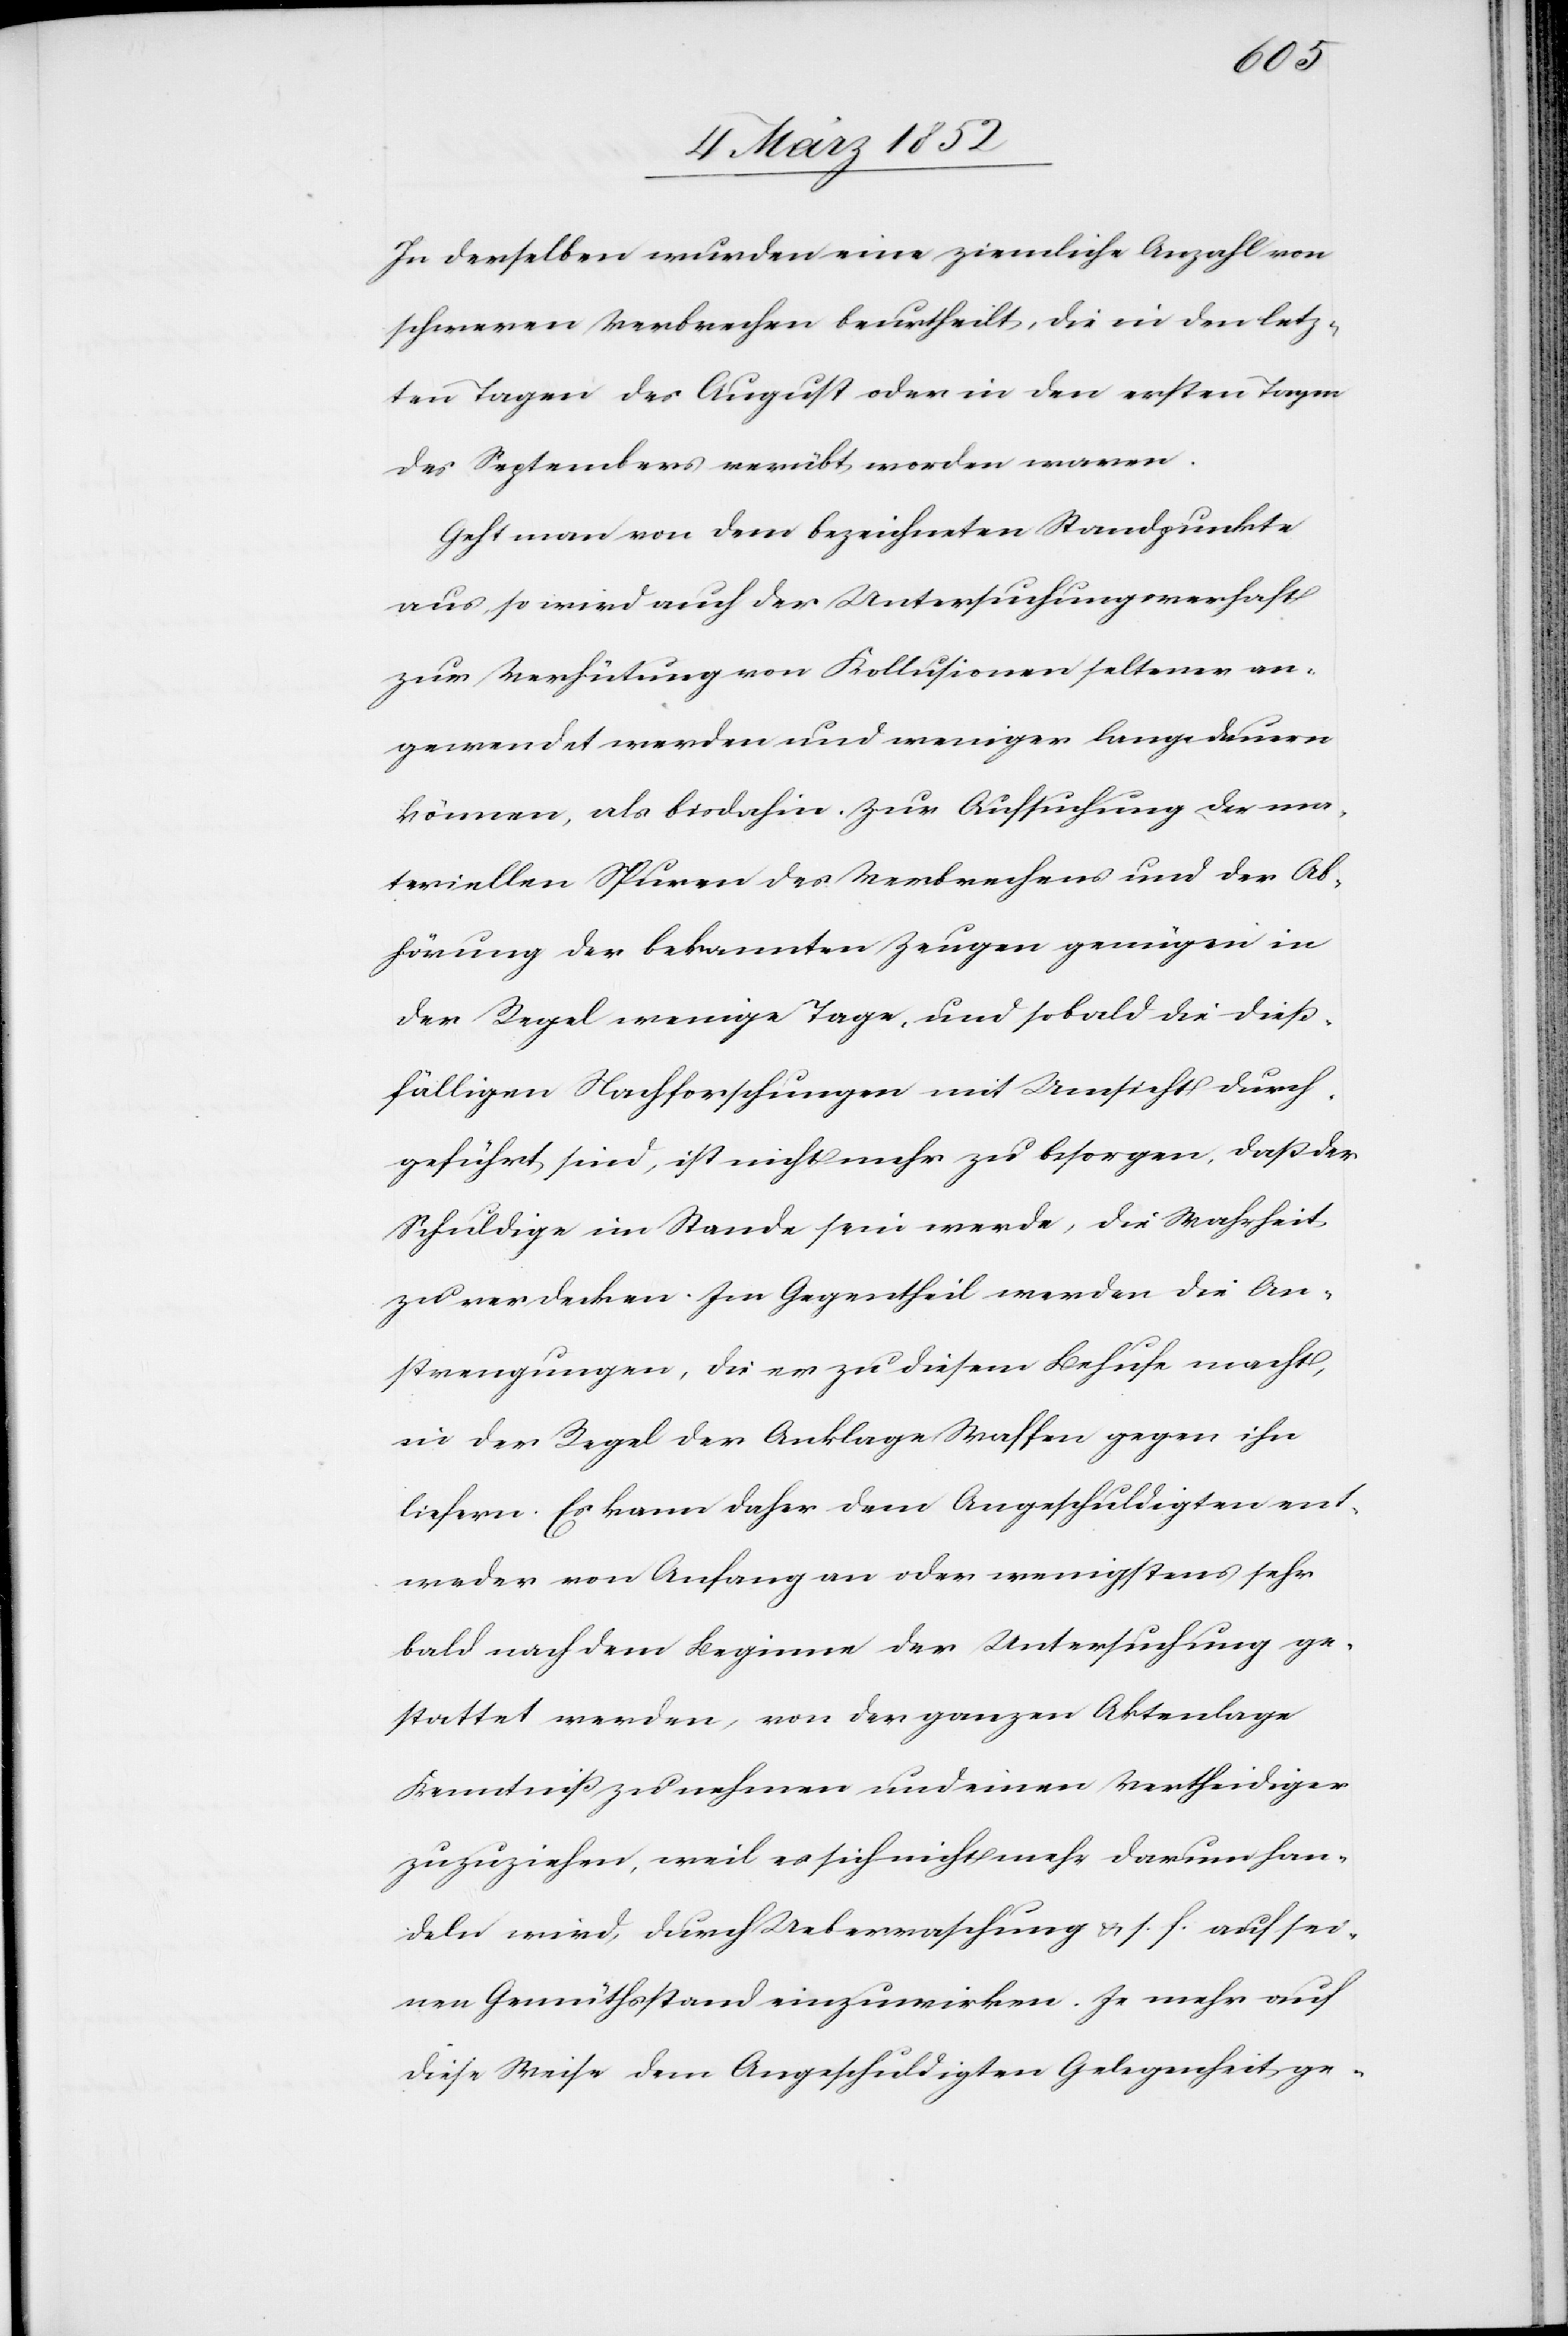
In derselben wurden eine ziemliche Anzahl von
schweren Verbrechen beurtheilt, die in den letz¬
ten Tagen des August oder in den ersten Tagen
des Septembers verübt worden waren.
Geht man von dem bezeichneten Standpunkte
aus so wird auch der Untersuchungsverhaft
zur Verhütung von Kollusionen seltener an¬
gewendet werden und weniger lange dauern
können, als bisdahin. Zur Aufsuchung der ma¬
teriellen Spuren des Verbrechens und der Ab¬
hörung der bekannten Zeugen genügen in
der Regel wenige Tage, und sobald die dieß¬
fälligen Nachforschungen mit Umsicht durch¬
geführt sind, ist nicht mehr zu besorgen. daß der
Schuldige im Stande sein werde, die Wahrheit
zu verdecken. Im Gegentheil werden die An¬
strengungen, die er zu diesem Behufe macht,
in der Regel der Anklage Waffen gegen ihn
liefern. Es kann daher dem Angeschuldigten ent¬
weder von Anfang an oder wenigstens sehr
bald nach dem Beginne der Untersuchung ge¬
stattet werden, von der ganzen Aktenlage
Kenntniß zu nehmen und einen Vertheidiger
zuzuziehen, weil es sich nicht mehr darum han¬
deln wird, durch Ueberraschung u. s. f. auf sei¬
nen Gemüthsstand einzuwirken. Je mehr auf
diese Weise dem Angeschuldigten Gelegenheit ge-